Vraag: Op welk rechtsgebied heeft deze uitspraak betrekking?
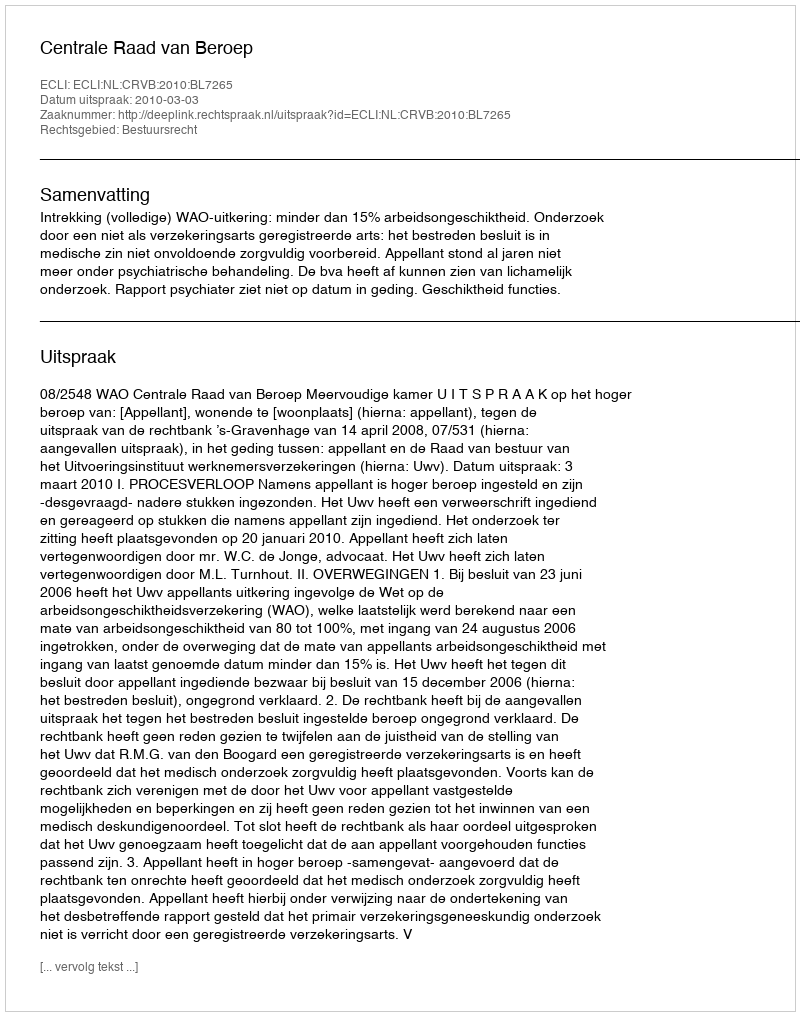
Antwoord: Bestuursrecht